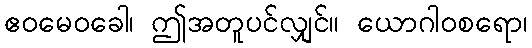
ဧဝမေဝခေါ၊ ဤအတူပင်လျှင်။ ယောဂါဝစရော၊